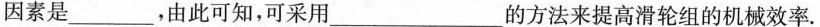
因素是___，由此可知，可采用___的方法来提高滑轮组的机械效率。